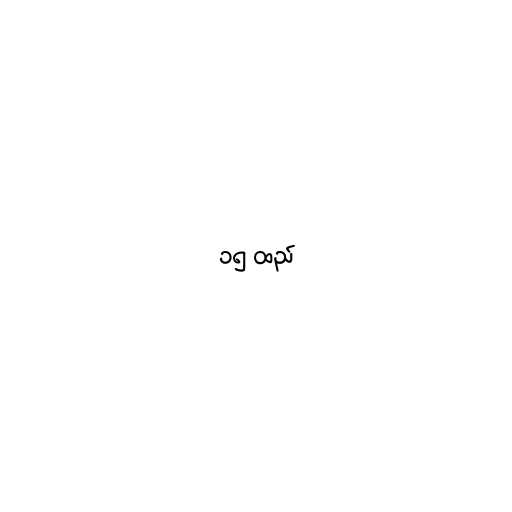
၁၅ ထည်